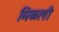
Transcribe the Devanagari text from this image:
मिळली